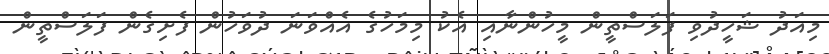
މިއަދު ޝަހީދުވި ފަލަސްތީން މީހުންނާއި އެކު މިމަހުގެ އެއްވަނަ ދުވަހުން ފެށިގެން ފަލަސްތީން